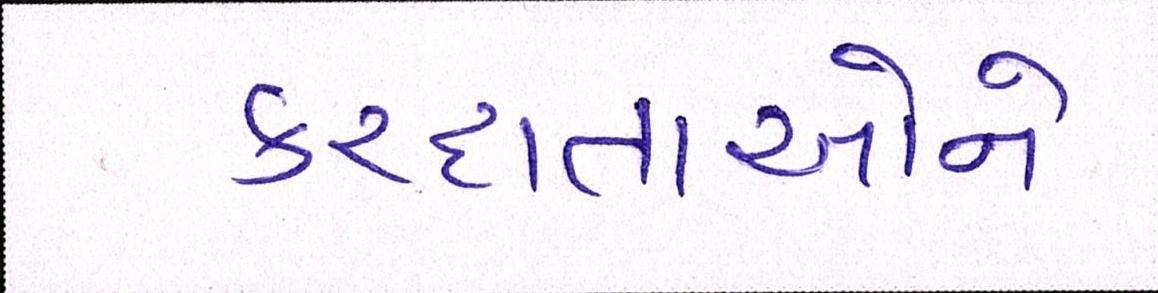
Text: કરદાતાઓને